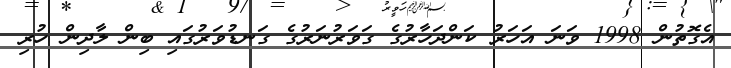
އެގޮތުން 1998 ވަނަ އަހަރު ކަންދަހާރުގެ ގަވަރުނަރުގެ ގަނޑުވަރުގައި ބިން ލާދިން ހުރި